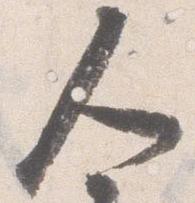
人